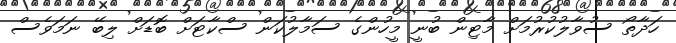
ހަދާތޯ ސުވާލުކުރުމަށް މާޓިން ބުނީ މީހުންގެ ސަމާލުކަން ސްކާޓަށް ބޮޑަށް ލިބޭ ނަމަވެސް